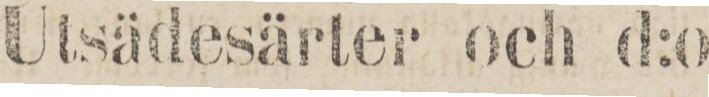
Utsädesärter och d:o